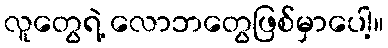
လူတွေရဲ့ လောဘတွေဖြစ်မှာပေါ့။